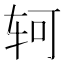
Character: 轲